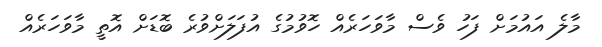
މާލެ އައުމަށް ފަހު ވެސް މާވަހަރެއް ހޮވުމުގެ އުފަލަށްވުރެ ބޮޑަށް އޮތީ މާވަހަރެއް